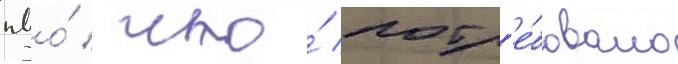
пво́ / что́ потр'е́бовало